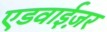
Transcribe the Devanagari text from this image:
एडवाईज़र